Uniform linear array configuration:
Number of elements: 16
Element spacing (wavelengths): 0.5
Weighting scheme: exponential
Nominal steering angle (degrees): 0
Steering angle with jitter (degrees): -1.318
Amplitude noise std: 0.05
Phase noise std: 0.05

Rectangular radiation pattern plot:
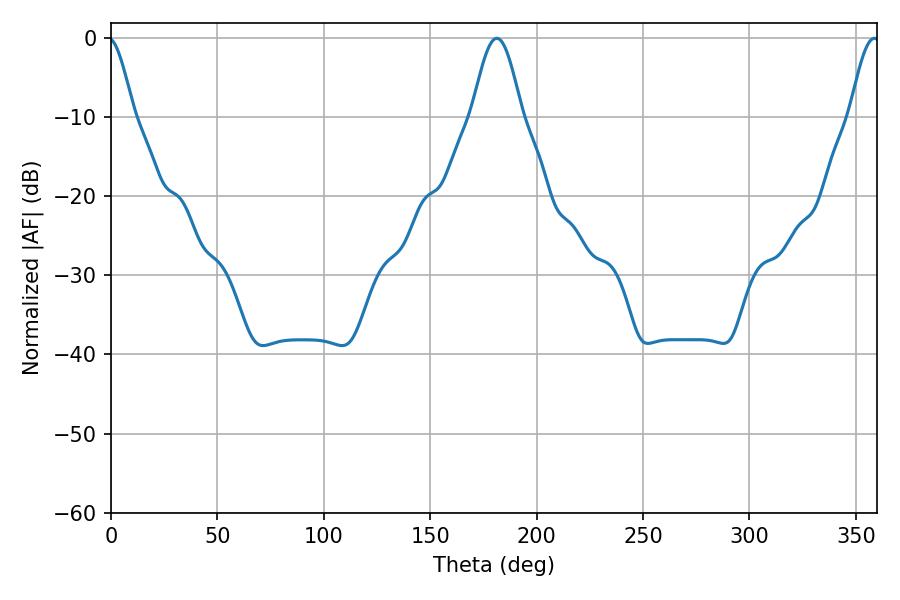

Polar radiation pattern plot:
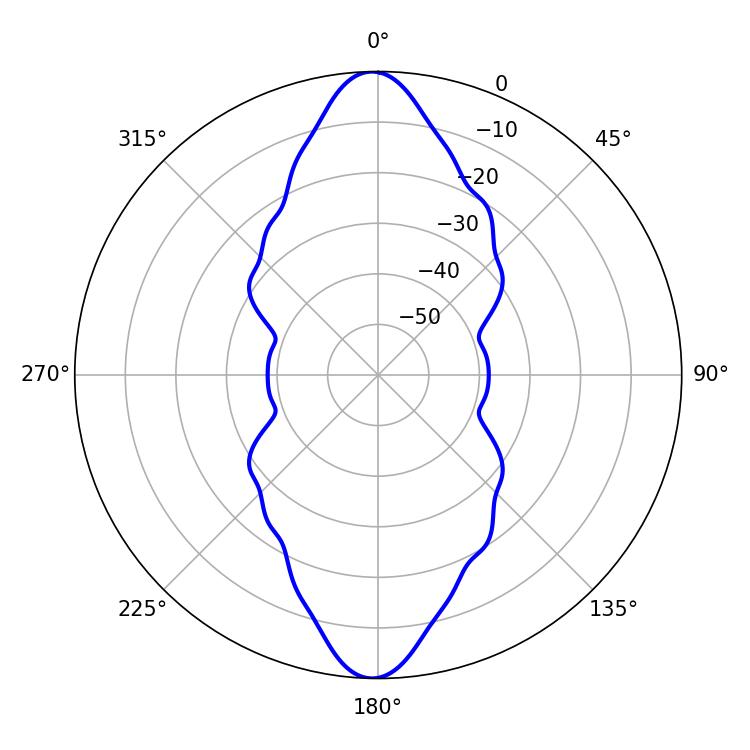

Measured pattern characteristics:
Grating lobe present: FALSE
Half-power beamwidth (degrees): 12.6
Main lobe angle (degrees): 181.26